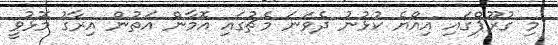
މި ގުރޫޕްގައި އިއްޔެ ކުޅުނު ދެވަނަ މެޗުގައި އޮމާން އަތުން އިރާގު މޮޅުވީ